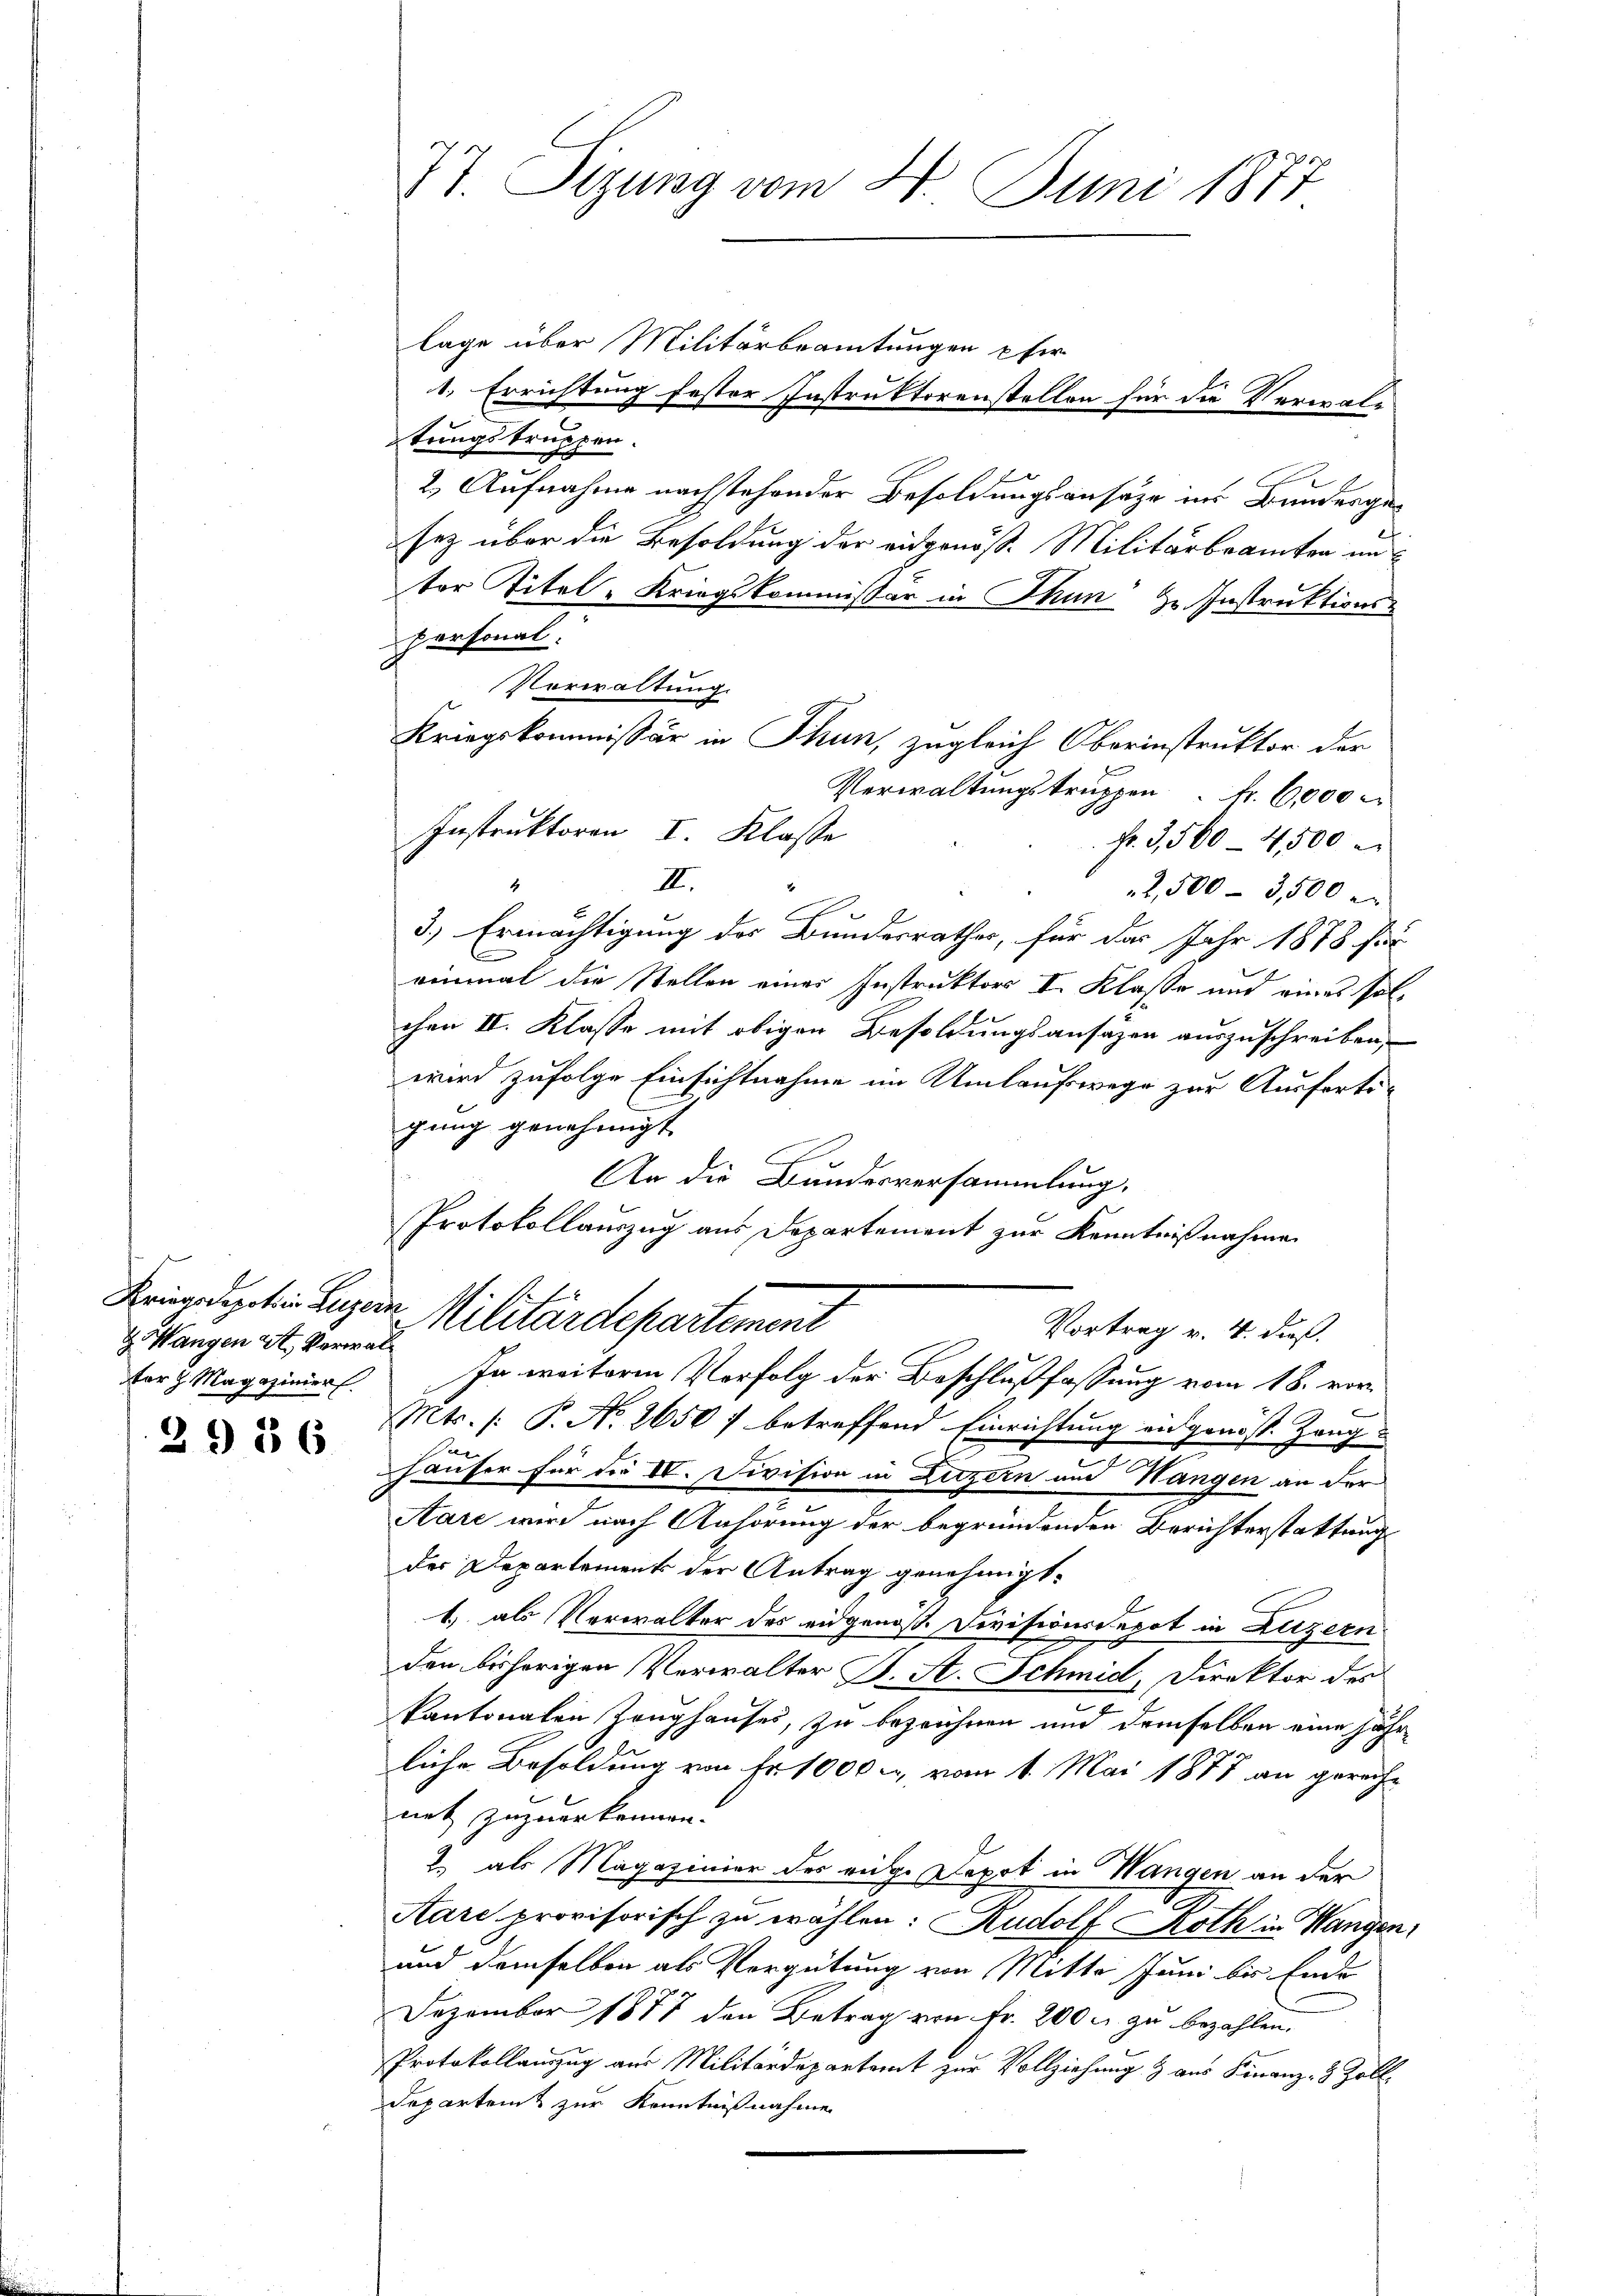
Z. Wangen St. Verwalter h. Magazinier

2986

lage über Militärbeamtungen pfer
1. Errichtung fester Instruktorenstellen für die Verwaltringstruppen.
2.) Aufnahme nachstehender Besoldungsansätze in Bundesgesez über die Besoldung der eidgenöß. Militärbeamten unter Titel-Kriegskommissär in Thun zu Instruktions-
personal.
Vorwaltung.
Verwaltungstruppen fr. 6,000 e
Instruktoren I. Klasse
Fr. 3,560 4500
III.
2,500 - 3,500
3.) Ermächtigung des Bundesrathes, für das Jahr 1878 für
C
einmal die Stellen einer Instruktors I. Klasse und eines solchen II. Klasse mit obigen Besoldungsansäzen auszuschreiben,
wird zufolge Einsichtnahme im Umlaufwege zur Ausfertigung genehmigt
An die Bundesversammlung.
Protokollauszug aus Departement zur Kenntnißnahme
Kriegsdepetin Luzern Militärdepartement
Vortrag v. 4. dieß.
In weitere Verfolg der Beschlußfassung vom 18. vor¬
3
Mts. (: P. No. 2650 f betreffend Einrichtung an genöss. Zeug
e
häuser für die IV. Division in Luzern und Wangen an der
Aare wird nach Anhörung der begründenden Berichterstattung
des Departement der Antrag genehmigt.
1.) als Verwalter des eidgenoße Devisionsdepot in Luzern
den bisherigen Verwalter B. A. Schmid, Direktor des
kantonalen Zeughauses, zu bezeichnen und demselben eine jährliche Besoldung von Fr. 1000., vom 1. Mai 1877 an gereichnet zuzuerkennen.
2 als Magazinier des viele Depot in Wangen an der
Aare provisorisch zu wählen: Rudolf Roth in Wangen,
und demselben als Vergütung von Mitte Juni bis Ende
Dezember 1877 den Betrag von Fr. 200 u. zu bezahlen.
Protokollanzug aus Militärdepartamt zur Vollziehung & aus Finanz- & Zoll¬
Departeit zur Kenntnißnahme

77. Sizung vom 4. Juni 1877

Kriegskommissär in Thun, zugleich Oberinstruktor der